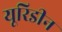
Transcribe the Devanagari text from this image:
यूरिडीन